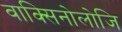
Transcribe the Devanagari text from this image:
वाक्सिनोलोजि